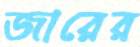
জারের